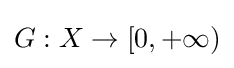
G:X\to [0,+\infty )